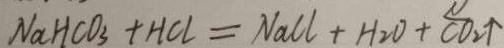
N a H C O _ { 3 } + H C l = N a C l + H _ { 2 } O + C O _ { 2 } \uparrow